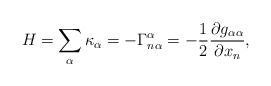
\begin{align*} H =\sum_\alpha \kappa_\alpha = -\Gamma^{\alpha}_{n\alpha} = -\frac{1}{2}\frac{\partial g_{\alpha\alpha}}{\partial x_n},\end{align*}